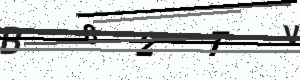
Text: B82TV